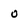
Character: 0